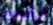
نشطة